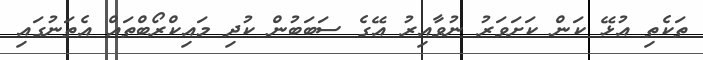
ތަކެތި އުޅޭ ކަން ކަށަވަރު ނުވާއިރު އޭގެ ސަބަބުން ކުދި މައިކްރޯބްތައް އެތަނުގައި